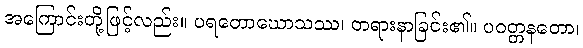
အကြောင်းတို့ဖြင့်လည်း။ ပရတောဃောသဿ၊ တရားနာခြင်း၏။ ပဝတ္တနတော၊